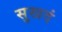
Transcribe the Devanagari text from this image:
सुखदं